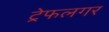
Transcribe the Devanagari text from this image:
ट्रेफलगर